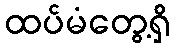
ထပ်မံတွေ့ရှိ